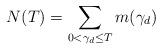
LaTeX: \begin{align*}N(T) = \sum_{0< \gamma_d \le T} m(\gamma_d)\end{align*}